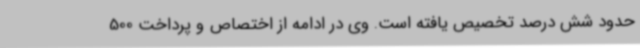
حدود شش درصد تخصیص یافته است. وی در ادامه از اختصاص و پرداخت 500